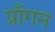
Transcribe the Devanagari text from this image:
प्राँगन